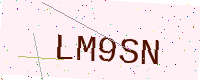
Text: LM9SN